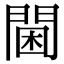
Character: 閫